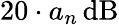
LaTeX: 20\cdot a_{n}\, \mathrm{dB}